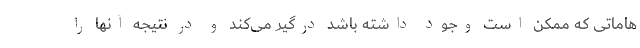
هاماتی که ممکن است وجود داشته باشد درگیر می‌کند و در نتیجه آنها را